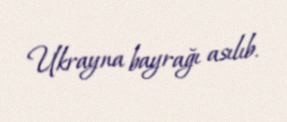
Ukrayna bayrağı asılıb.